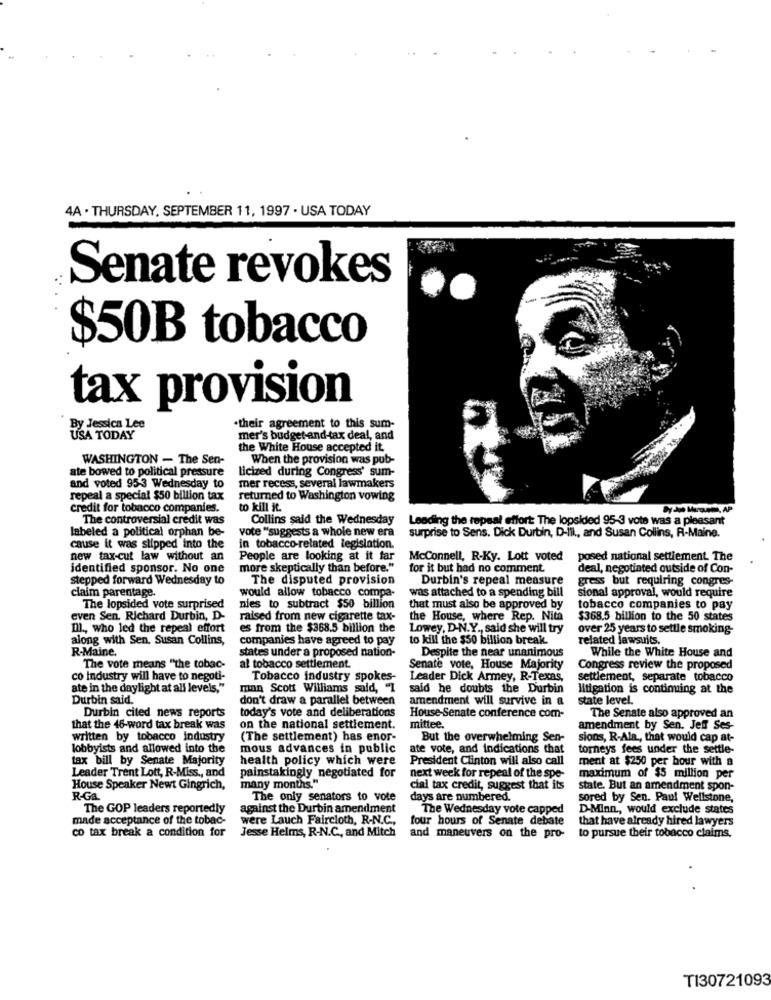
4A · THURSDAY, SEPTEMBER 11, 1997 · USA TODAY
Senate revokes
$50B tobacco
tax provision
By Jessica Lee
their agreement to this sum-
USA TODAY
mer's budget-and-tax deal, and
the White House accepted it.
WASHINGTON - The Sen-
When the provision was pub-
ate bowed to political pressure
licized during Congress' sum-
and voted 953 Wednesday to
mer recess, several lawmakers
repeal a special $50 billion tax
returned to Washington vowing
Credit for tobacco companies.
to kill it.
The controversial credit was
Collins said the Wednesday
Leading the repeal effort The lopsided 95-3 vote was a pleasant
labeled a political orphan be-
vote "suggests a whole new era
surprise to Sens. Dick Durbin, D-Ill ., and Susan Collins, R-Maine.
cause it was slipped into the
in tobacco-related legislation.
new tax-cut law without an
People are looking at it far
McConnell, R-Ky. Lott voted
posed national settlement. The
identified sponsor. No one
more skeptically than before."
for it but had no comment
deal, negotiated outside of Con-
stepped forward Wednesday to
The disputed provision
Durbin's repeal measure
gress but requiring congres-
claim parentage.
would allow tobacco compa-
was attached to a spending bill
sional approval, would require
The lopsided vote surprised
nies to subtract $50 billion
that must also be approved by
tobacco companies to pay
even Sen. Richard Durbin, D-
raised from new cigarette tax-
the House, where Rep. Nith
$368.5 billion to the 50 states
Ill ., who led the repeal effort
es from the $368.5 billion the
Lowey, D-N.Y ., said she will try
over 25 years to settle smoking-
along with Sen. Susan Collins,
companies have agreed to pay
to kill the $50 billion break.
related lawsuits.
R-Maine.
states under a proposed nation-
While the White House and
Despite the near unanimous
The vote means "the tobac-
al tobacco settlement
Senate vote, House Majority
Congress review the proposed
co Industry will have to negoti-
Tobacco industry spokes-
Leader Dick Armey, R-Texas,
settlement, separate tobacco
ate in the daylight at all levels,"
man Scott Williams said, "I
said he doubts the Durbin
litigation is continuing at the
Durbin said.
don't draw a parallel between
amendment will survive in a
state level.
Durbin cited news reports
today's vote and deliberations
House-Senate conference com-
The Senate also approved an
that the 46-word tax break was
on the national settlement.
mittee.
amendment by Sen. Jeff Ses-
written by tobacco industry
(The settlement) has enor-
But the overwhelming Sen-
sions, R-Ala ., that would cap at-
lobbyists and allowed into the
mous advances in public
ate vote, and indications that
torneys fees under the settle-
tax bill by Senate Majority
health policy which were
President Clinton will also call
ment at $250 per hour with a
Leader Trent Lott, R-Miss ., and
painstakingly negotiated for
next week for repeal of the spe-
maximum of $5 million per
House Speaker Newt Gingrich,
many months."
cial tax credit, suggest that its
state. But an amendment spon-
R-Ga.
The only senators to vote
days are numbered.
sored by Sen. Paul Wellstone,
The GOP leaders reportedly
against the Durbin amendment
The Wednesday vote capped
D-Minn ., would exclude states
made acceptance of the tobac-
were Lauch Faircloth, R-N.C .,
four hours of Senate debate
that have already hired lawyers
Jesse Helms, R-N.C ., and Mitch
co tax break a condition for
and maneuvers on the pro-
to pursue their tobacco claims.
TI30721093